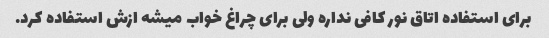
برای استفاده اتاق نور کافی نداره ولی برای چراغ خواب میشه ازش استفاده کرد.